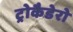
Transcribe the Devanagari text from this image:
ट्रोकैडेरो